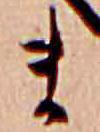
ま